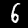
Digit: 6